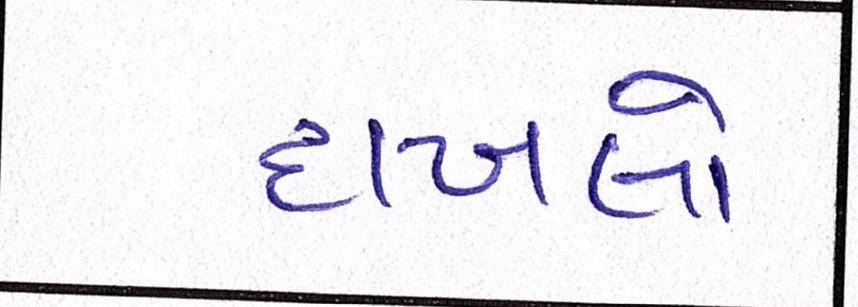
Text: દાખલો